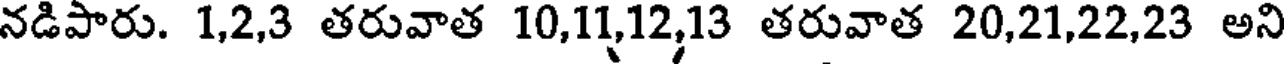
నడిపారు. 1,2,3 తరువాత 10,11,12,13 తరువాత 20,21,22,23 అని